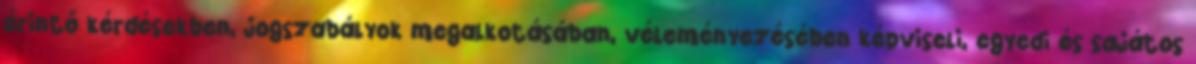
érintő kérdésekben, jogszabályok megalkotásában, véleményezésében képviseli, egyedi és sajátos